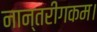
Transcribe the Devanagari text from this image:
नान्तरीगकम।